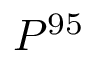
P ^ { 9 5 }